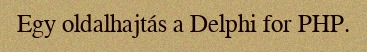
Egy oldalhajtás a Delphi for PHP.